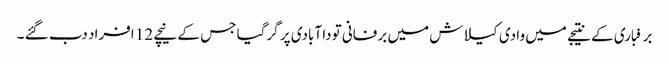
برفباری کے نتیجے میں وادی کیلاش میں برفانی تودا آبادی پر گرگیا جس کے نیچے 12 افراد دب گئے ۔